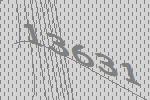
13631